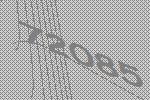
72085